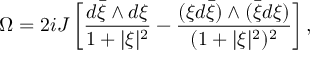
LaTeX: \Omega = 2 i J \left[ \frac { d { \bar { \xi } } \wedge d \xi } { 1 + \vert \xi \vert ^ { 2 } } - \frac { ( \xi d { \bar { \xi } } ) \wedge ( { \bar { \xi } } d \xi ) } { ( 1 + \vert \xi \vert ^ { 2 } ) ^ { 2 } } \right] ,